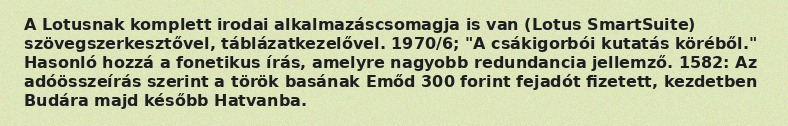
A Lotusnak komplett irodai alkalmazáscsomagja is van (Lotus SmartSuite) szövegszerkesztővel, táblázatkezelővel. 1970/6; "A csákigorbói kutatás köréből." Hasonló hozzá a fonetikus írás, amelyre nagyobb redundancia jellemző. 1582: Az adóösszeírás szerint a török basának Emőd 300 forint fejadót fizetett, kezdetben Budára majd később Hatvanba.